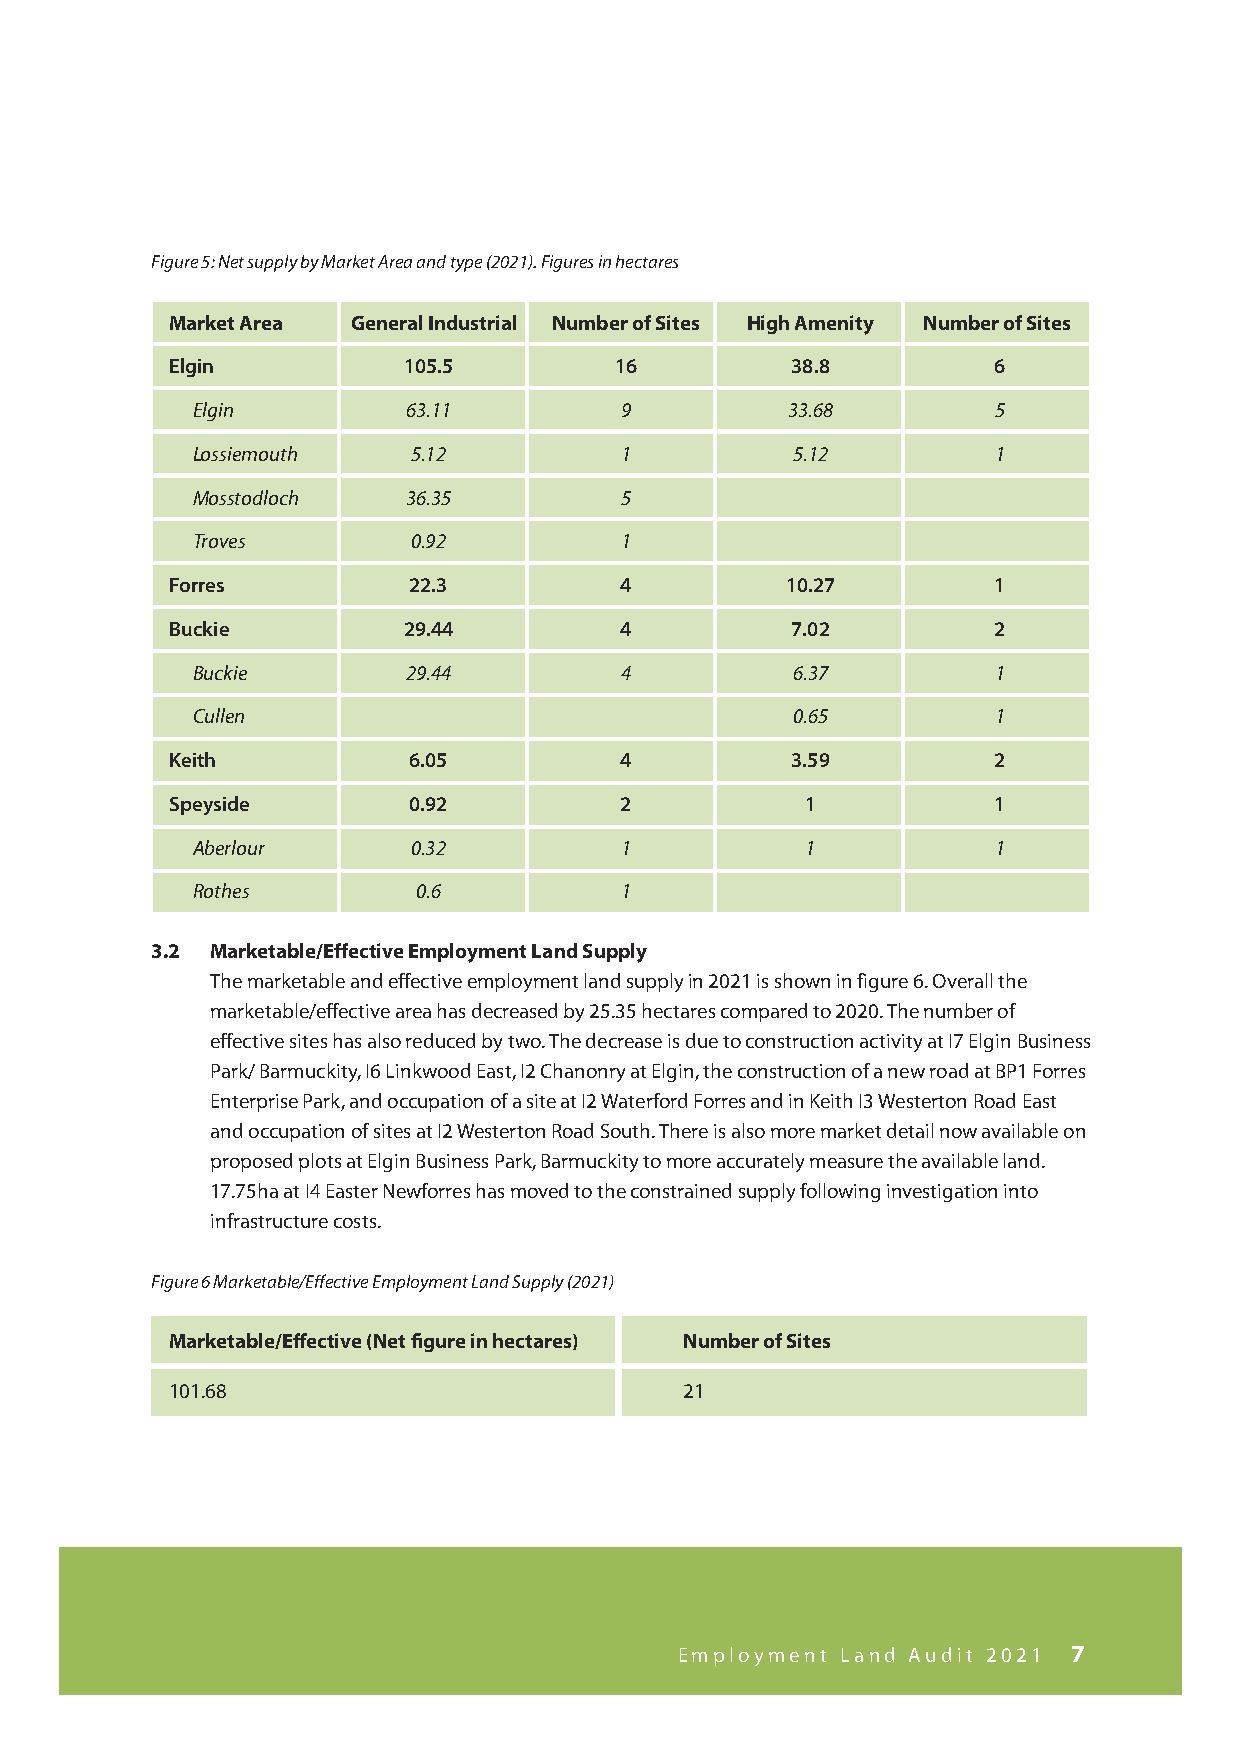
Figure 5: Net supply by Market Area and type (2021). Figures in hectares
 Market Area General Industrial Number of Sites High Amenity Number of Sites
 Elgin           105.5         16         38.8          6
 Elgin         63.11         9          33.68         5
 Lossiemouth   5.12          1          5.12          1
 Mosstodloch   36.35         5
 Troves        0.92          1
 Forres          22.3          4          10.27         1
 Buckie          29.44         4          7.02          2
 Buckie        29.44         4          6.37          1
 Cullen                                 0.65          1
 Keith           6.05          4          3.59          2
 Speyside        0.92          2           1            1
 Aberlour      0.32          1           1            1
 Rothes         0.6          1
 3.2 Marketable/Effective Employment Land Supply
 The marketable and effective employment land supply in 2021 is shown in figure 6. Overall the
 marketable/effective area has decreased by 25.35 hectares compared to 2020. The number of
 effective sites has also reduced by two. The decrease is due to construction activity at I7 Elgin Business
 Park/ Barmuckity, I6 Linkwood East, I2 Chanonry at Elgin, the construction of a new road at BP1 Forres
 Enterprise Park, and occupation of a site at I2 Waterford Forres and in Keith I3 Westerton Road East
 and occupation of sites at I2 Westerton Road South. There is also more market detail now available on
 proposed plots at Elgin Business Park, Barmuckity to more accurately measure the available land.
 17.75ha at I4 Easter Newforres has moved to the constrained supply following investigation into
 infrastructure costs.
 Figure 6 Marketable/Effective Employment Land Supply (2021)
 Marketable/Effective (Net figure in hectares) Number of Sites
 101.68                            21
 Employment Land Audit 2021 7